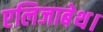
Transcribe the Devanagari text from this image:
एलिजाबेथ।